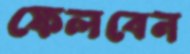
ফেলবেন